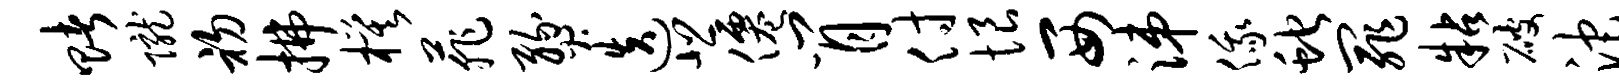
赌陇初拂模菲燹迭悲仙肖付恨西涕俄蛇罪粘破沱